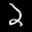
Label: 2